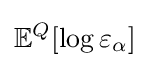
\mathbb {E} ^{Q}[\log \varepsilon _{\alpha }]